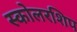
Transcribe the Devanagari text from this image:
स्कोलरशिप